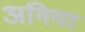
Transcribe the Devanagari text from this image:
अगिया